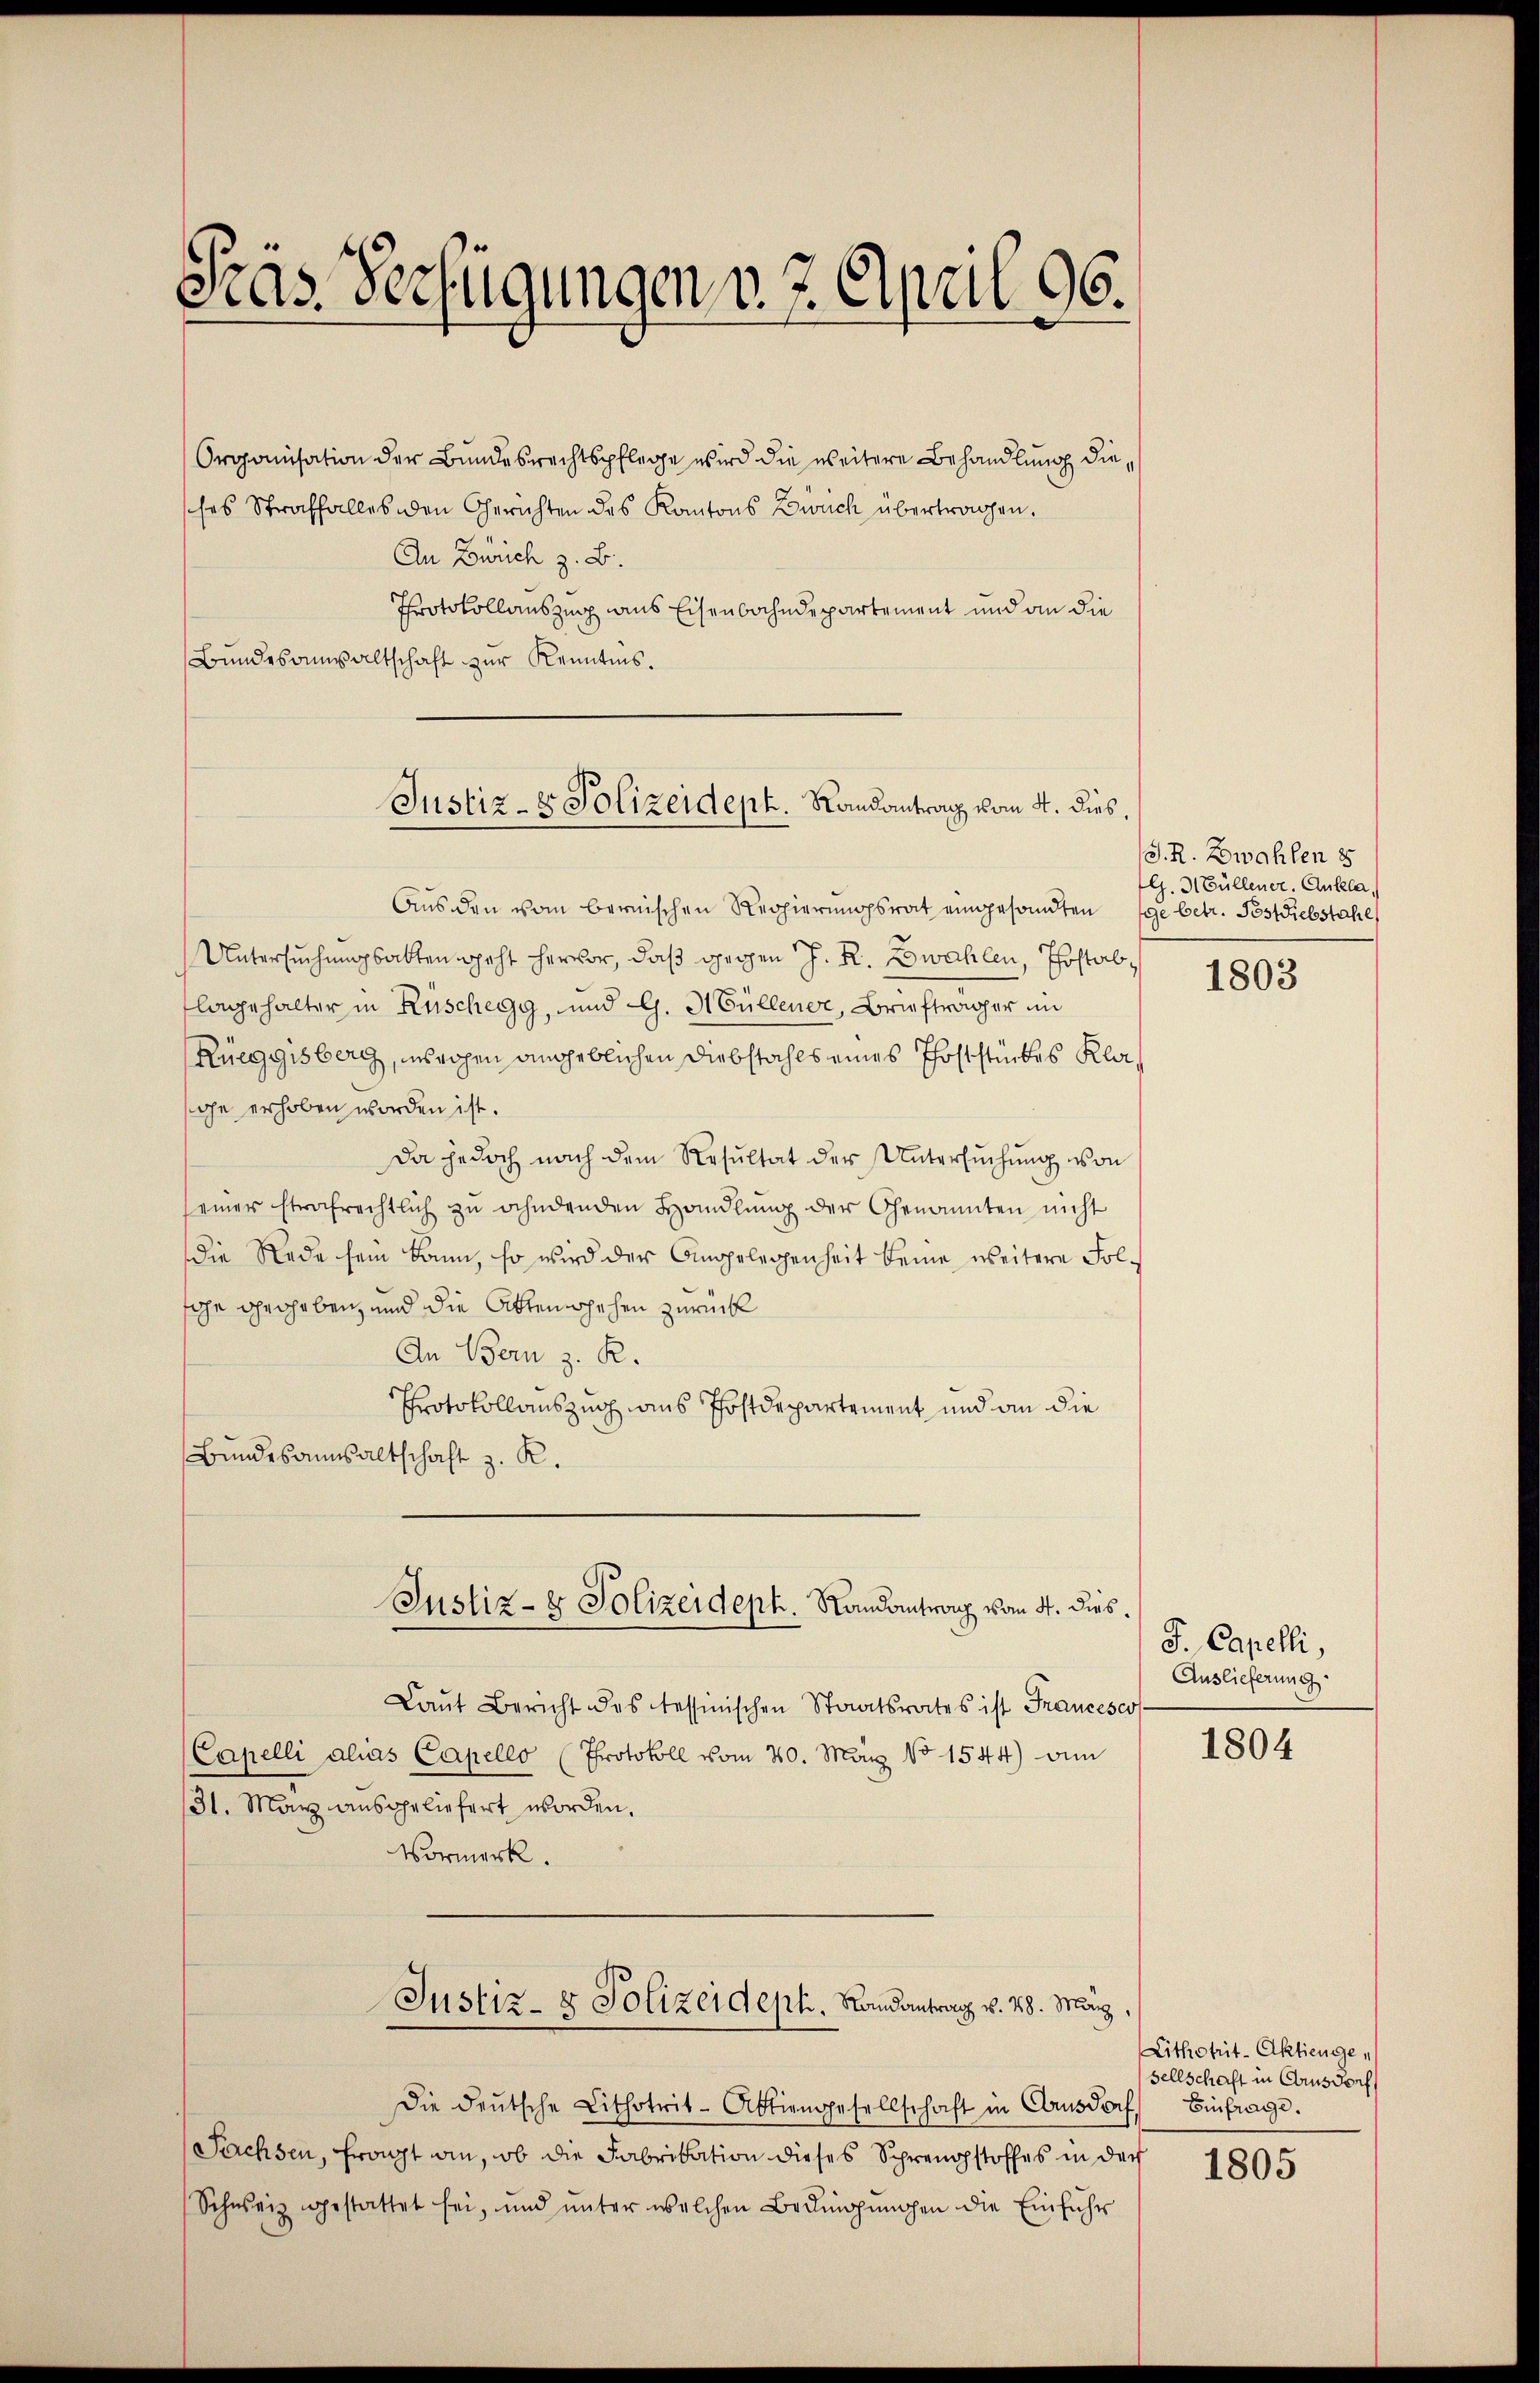
Fras. Verfügungen v. 7. April 96.

Organisation der Bundesrechtspflege wird die weitere Behandlung diesches Straffalles den Gerichten des Kantons Zwuch übertragen.
An Zürich z. B.
Protokollauszug aus Eisenbahndepartement und an die
Bŭndesanwaltschaft zur Kenntnis.
Justiz- & Polizeidept. Randantrag vom 4. dies,

Aus den vom bernischen Regierungsrat eingesandten ge betr. Postdiebstahl
Untersuchungsakten geht hervor, daß gegen J. R. Zwahlen, Postab,
flagehalter in Rüschegg, und G. Müllener, Briefträger im
Rueggisberg, unsrohen angeblichen Diebstahls eines Phoststückes Klage erhoben worden ist.
Da jedoch nach dem Resultat der Untersŭchŭng von
seiner strafrechtlich zŭ ahndenden Handlŭng der Genannten nicht
die Rede sein kann, so wird der Angelegenheit keine weitere Folsche droheben, und die Aktenschehen zurück
An Bern z. R.
Protokollauszug aus Postdepartement und an die
Bŭndesansaltschaft z. R.
Justiz- & Polizeidept. Randantrag vom 4. dies.
Laŭt Bericht des Tessinischen Staatsrates ist Francesco
Capelli alias Capello (Protokoll vom 20. May No 1544) an
31. May ausgeliefert worden,
Vormerk.
Justiz- & Polizeidept. Randantrag v. 28. März,
Die deŭtsche Lithotrit-Abtiengesellschaft in Arnsdorf, Einfrage.
Sachsen, fragt an, ob die Fabrikation dieses Sprengstoffes in der
Schweiz gestattet sei, und ŭnter welchen Bedingŭngen die Einführ

S. R. Zwahlen 8
G. Müllener. Ankla

1803

J. Capelli,
Auslieferung

1804

Lithotrit-Aktiengesellschaft in Crusdorf

1805